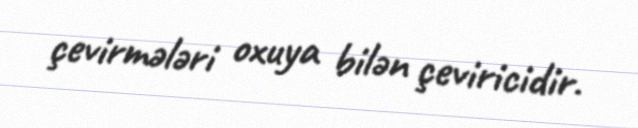
çevirmələri oxuya bilən çeviricidir.